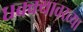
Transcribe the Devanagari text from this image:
धक्क्यावरच्या